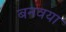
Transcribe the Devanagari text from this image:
बनवया